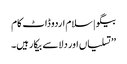
بیگو | سلام اردو ڈاٹ کام
’’تسلیاں اور دلاسے بیکار ہیں۔